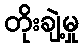
တိုးချဲ့မှု